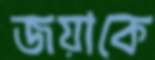
জয়াকে